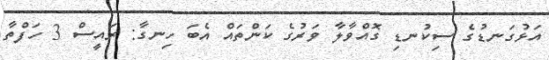
އަޅުގަނޑުގެ ސިކުނޑި ގޮއްވާލާ ވަރުގެ ކަންތައް އެބަ ހިނގާ: ރައީސް 3 ހަފްތާ